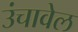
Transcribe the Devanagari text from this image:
उंचावेल